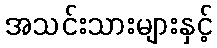
အသင်းသားများနှင့်